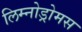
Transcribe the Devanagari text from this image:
लिम्नोड्रोमस